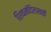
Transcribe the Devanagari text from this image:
शिवमंदिरासाठी